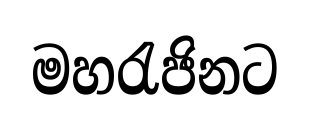
මහරැජිනට